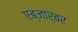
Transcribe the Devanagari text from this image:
एब्जार्बर